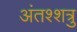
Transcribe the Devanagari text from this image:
अंतश्शत्रु